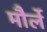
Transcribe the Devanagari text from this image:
मौर्ले